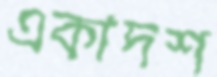
একাদশ